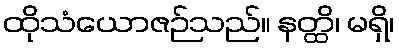
ထိုသံယောဇဉ်သည်။ နတ္ထိ၊ မရှိ၊